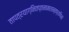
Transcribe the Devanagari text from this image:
तापत्रयाग्नितप्तनामशान्तप्राणिनां